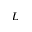
L